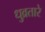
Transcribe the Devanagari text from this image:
धुव्रतारे